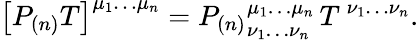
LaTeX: \left[P_{(n)}T\right]^{\mu_{1}\ldots\mu_{n}}={P_{(n)}}_{\nu_{1}\ldots\nu_{n}}^{\mu_{1}\ldots\mu_{n}}\, T^{\, \nu_{1}\ldots\nu_{n}}.